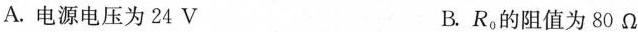
A.电源电压为24V B.R_{0}的阻值为80Ω